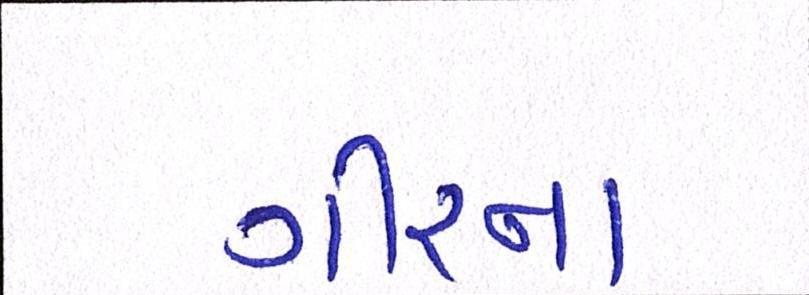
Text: ગીરના